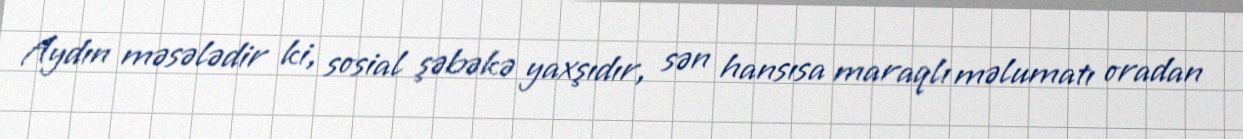
Aydın məsələdir ki, sosial şəbəkə yaxşıdır, sən hansısa maraqlı məlumatı oradan